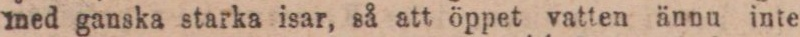
med ganska starka isar, så att öppet vatten ännu inte